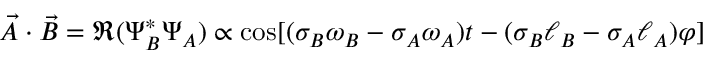
\vec { A } \cdot \vec { B } = \Re ( \Psi _ { B } ^ { * } \Psi _ { A } ) \propto \cos [ ( \sigma _ { B } \omega _ { B } - \sigma _ { A } \omega _ { A } ) t - ( \sigma _ { B } \ell _ { B } - \sigma _ { A } \ell _ { A } ) \varphi ]